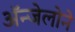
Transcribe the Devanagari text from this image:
ॲन्जेलोने